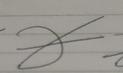
Signature authenticity: forged